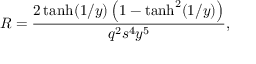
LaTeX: R = \frac { 2 \operatorname { t a n h } ( 1 / y ) \left( 1 - \operatorname { t a n h } ^ { 2 } ( 1 / y ) \right) } { q ^ { 2 } s ^ { 4 } y ^ { 5 } } ,